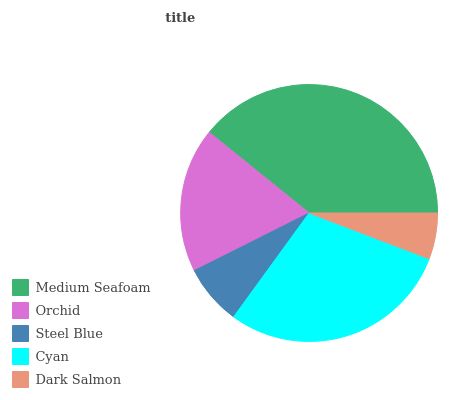
| Medium Seafoam | Orchid | Steel Blue | Cyan | Dark Salmon |
 | --- | --- | --- | --- | --- |
 | 39.2% | 18.1% | 7.61% | 29.3% | 5.79% |